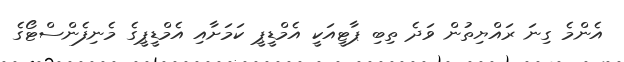
އެންމެ ގިނަ ރައްޔިތުން ވަދެ ތިބި ޕާޓީއަކީ އެމްޑީޕީ ކަމަށާއި އެމްޑީޕީގެ މެނިފެންސްޓޯގެ